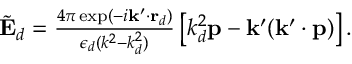
\begin{array} { r } { \tilde { \mathbf { E } } _ { d } = \frac { 4 \pi \exp ( - i \mathbf { k } ^ { \prime } \cdot \mathbf { r } _ { d } ) } { \epsilon _ { d } ( k ^ { 2 } - k _ { d } ^ { 2 } ) } \left[ k _ { d } ^ { 2 } \mathbf { p } - \mathbf { k } ^ { \prime } ( \mathbf { k } ^ { \prime } \cdot \mathbf { p } ) \right] . } \end{array}